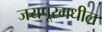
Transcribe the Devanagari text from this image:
जयपूरमधील